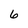
Character: 6